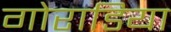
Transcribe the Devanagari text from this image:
गोराडिया